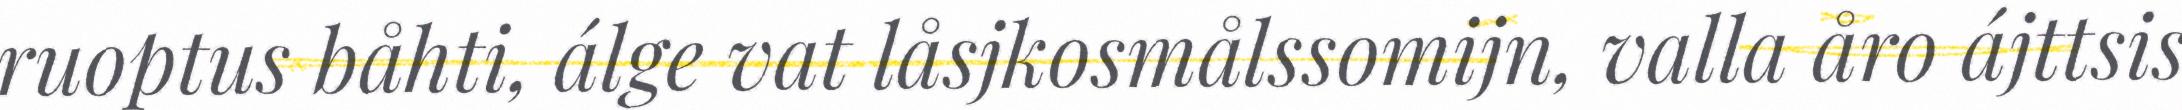
ruoptus båhti, álge vat låsjkosmålssomijn, valla åro ájttsis